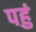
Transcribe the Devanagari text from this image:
पहुं